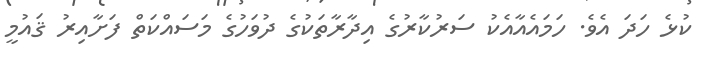
ކުޅެ ހަދަ އެވެ. ހަމައެއާއެކު ސަރުކާރުގެ އިދާރާތަކުގެ ދުވަހުގެ މަސައްކަތް ފަށާއިރު ޤައުމީ